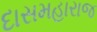
દાસમહારાજ